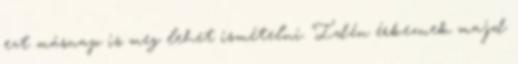
ezt másnap is meg lehet ismételni. Idén érkeznek majd